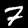
Digit: 7